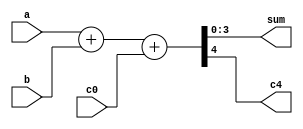
module sn74ls83(sum, c4, a, b, c0);
input [3:0] a, b;
input c0;
output [3:0] sum;
output c4;

wire [4:0] tmpsum;

parameter
	// TI TTL data book Vol 1, 1985
	tPLHsum_min=0, tPLHsum_typ=16, tPLHsum_max=24,
	tPHLsum_min=0, tPHLsum_typ=15, tPHLsum_max=24,
	tPLHc4_min=0,  tPLHc4_typ=11,  tPLHc4_max=17,
	tPHLc4_min=0,  tPHLc4_typ=15, tPHLc4_max=22;
	
	assign tmpsum = a + b + c0;
	assign #(tPLHsum_min:tPLHsum_typ:tPLHsum_max,
			 tPLHsum_min:tPLHsum_typ:tPLHsum_max)
		sum = tmpsum[3:0];
	assign #(tPLHc4_min:tPLHc4_typ:tPLHc4_max,
			 tPLHc4_min:tPLHc4_typ:tPLHc4_max)
		c4 = tmpsum[4];

endmodule